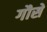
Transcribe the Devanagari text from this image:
गौसें